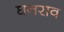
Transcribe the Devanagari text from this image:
घनराव